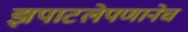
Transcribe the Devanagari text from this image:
झपाटलेपणानेच